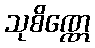
သုစိဏ္ဏေ